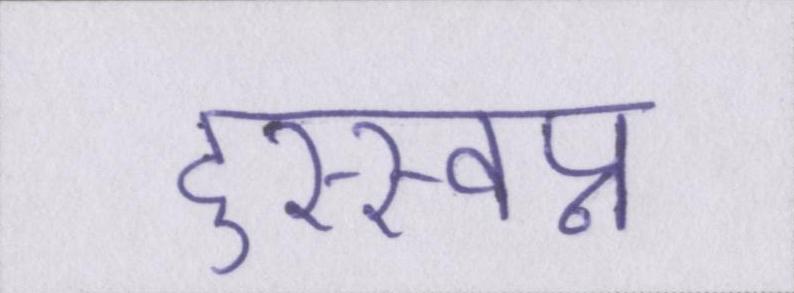
दुस्स्वप्न